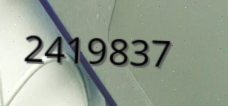
2419837